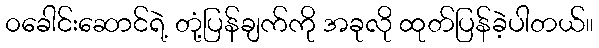
၀ခေါင်းဆောင်ရဲ့ တုံ့ပြန်ချက်ကို အခုလို ထုတ်ပြန်ခဲ့ပါတယ်။